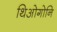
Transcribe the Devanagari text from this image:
थिओगोनि